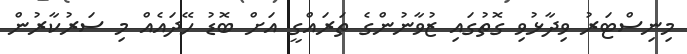
މިނިސްޓަރު ވިދާޅުވި ގޮތުގައި ޒުވާނުންގެ ތަރައްގީ އަށް ބޮޑު ހޭދައެއް މި ސަރުކާރުން